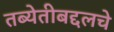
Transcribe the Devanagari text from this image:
तब्येतीबद्दलचे